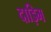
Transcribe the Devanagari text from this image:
दाड़िम